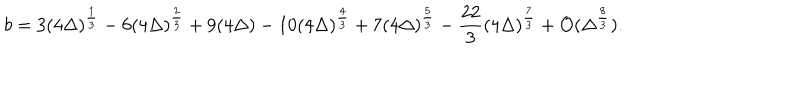
LaTeX: b = 3 ( 4 \Delta ) ^ { \frac { 1 } { 3 } } - 6 ( 4 \Delta ) ^ { \frac { 2 } { 3 } } + 9 ( 4 \Delta ) - 1 0 ( 4 \Delta ) ^ { \frac { 4 } { 3 } } + 7 ( 4 \Delta ) ^ { \frac { 5 } { 3 } } - \frac { 2 2 } { 3 } ( 4 \Delta ) ^ { \frac { 7 } { 3 } } + { \cal { O } } ( \Delta ^ { \frac { 8 } { 3 } } ) .